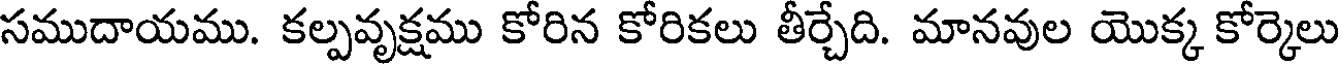
సముదాయము. కల్పవృక్షము కోరిన కోరికలు తీర్చేది. మానవుల యొక్క కోర్కెలు